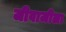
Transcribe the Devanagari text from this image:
जीवाजीला